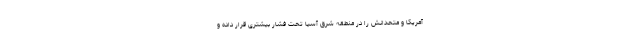
آمریكا و متحدانش را در منطقه شرق آسیا تحت فشار بیشتری قرار داده و